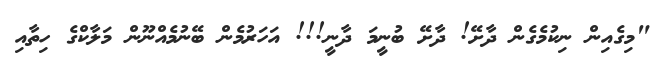
"މިގެއިން ނިކުމެގެން ދާށޭ! ދާށޭ ބުނީމަ ދާނީ!!! އަހަރުމެން ބޭނުމެއްނޫން މަލާކްގެ ހިތާއި